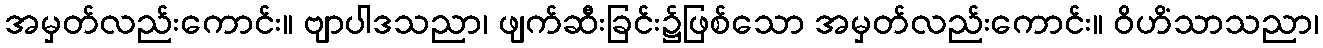
အမှတ်လည်းကောင်း။ ဗျာပါဒသညာ၊ ဖျက်ဆီးခြင်း၌ဖြစ်သော အမှတ်လည်းကောင်း။ ဝိဟိံသာသညာ၊